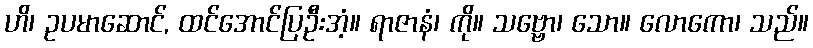
ဟိ၊ ဥပမာဆောင်, ထင်အောင်ပြဦးအံ့။ ရာဇာနံ၊ ကို။ သဗ္ဗော၊ သော။ လောကော၊ သည်။